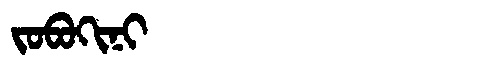
Manchu: ᠵᠣᠪᠣᡴᡳᠨᡳ
Romanization: JOBOKINI